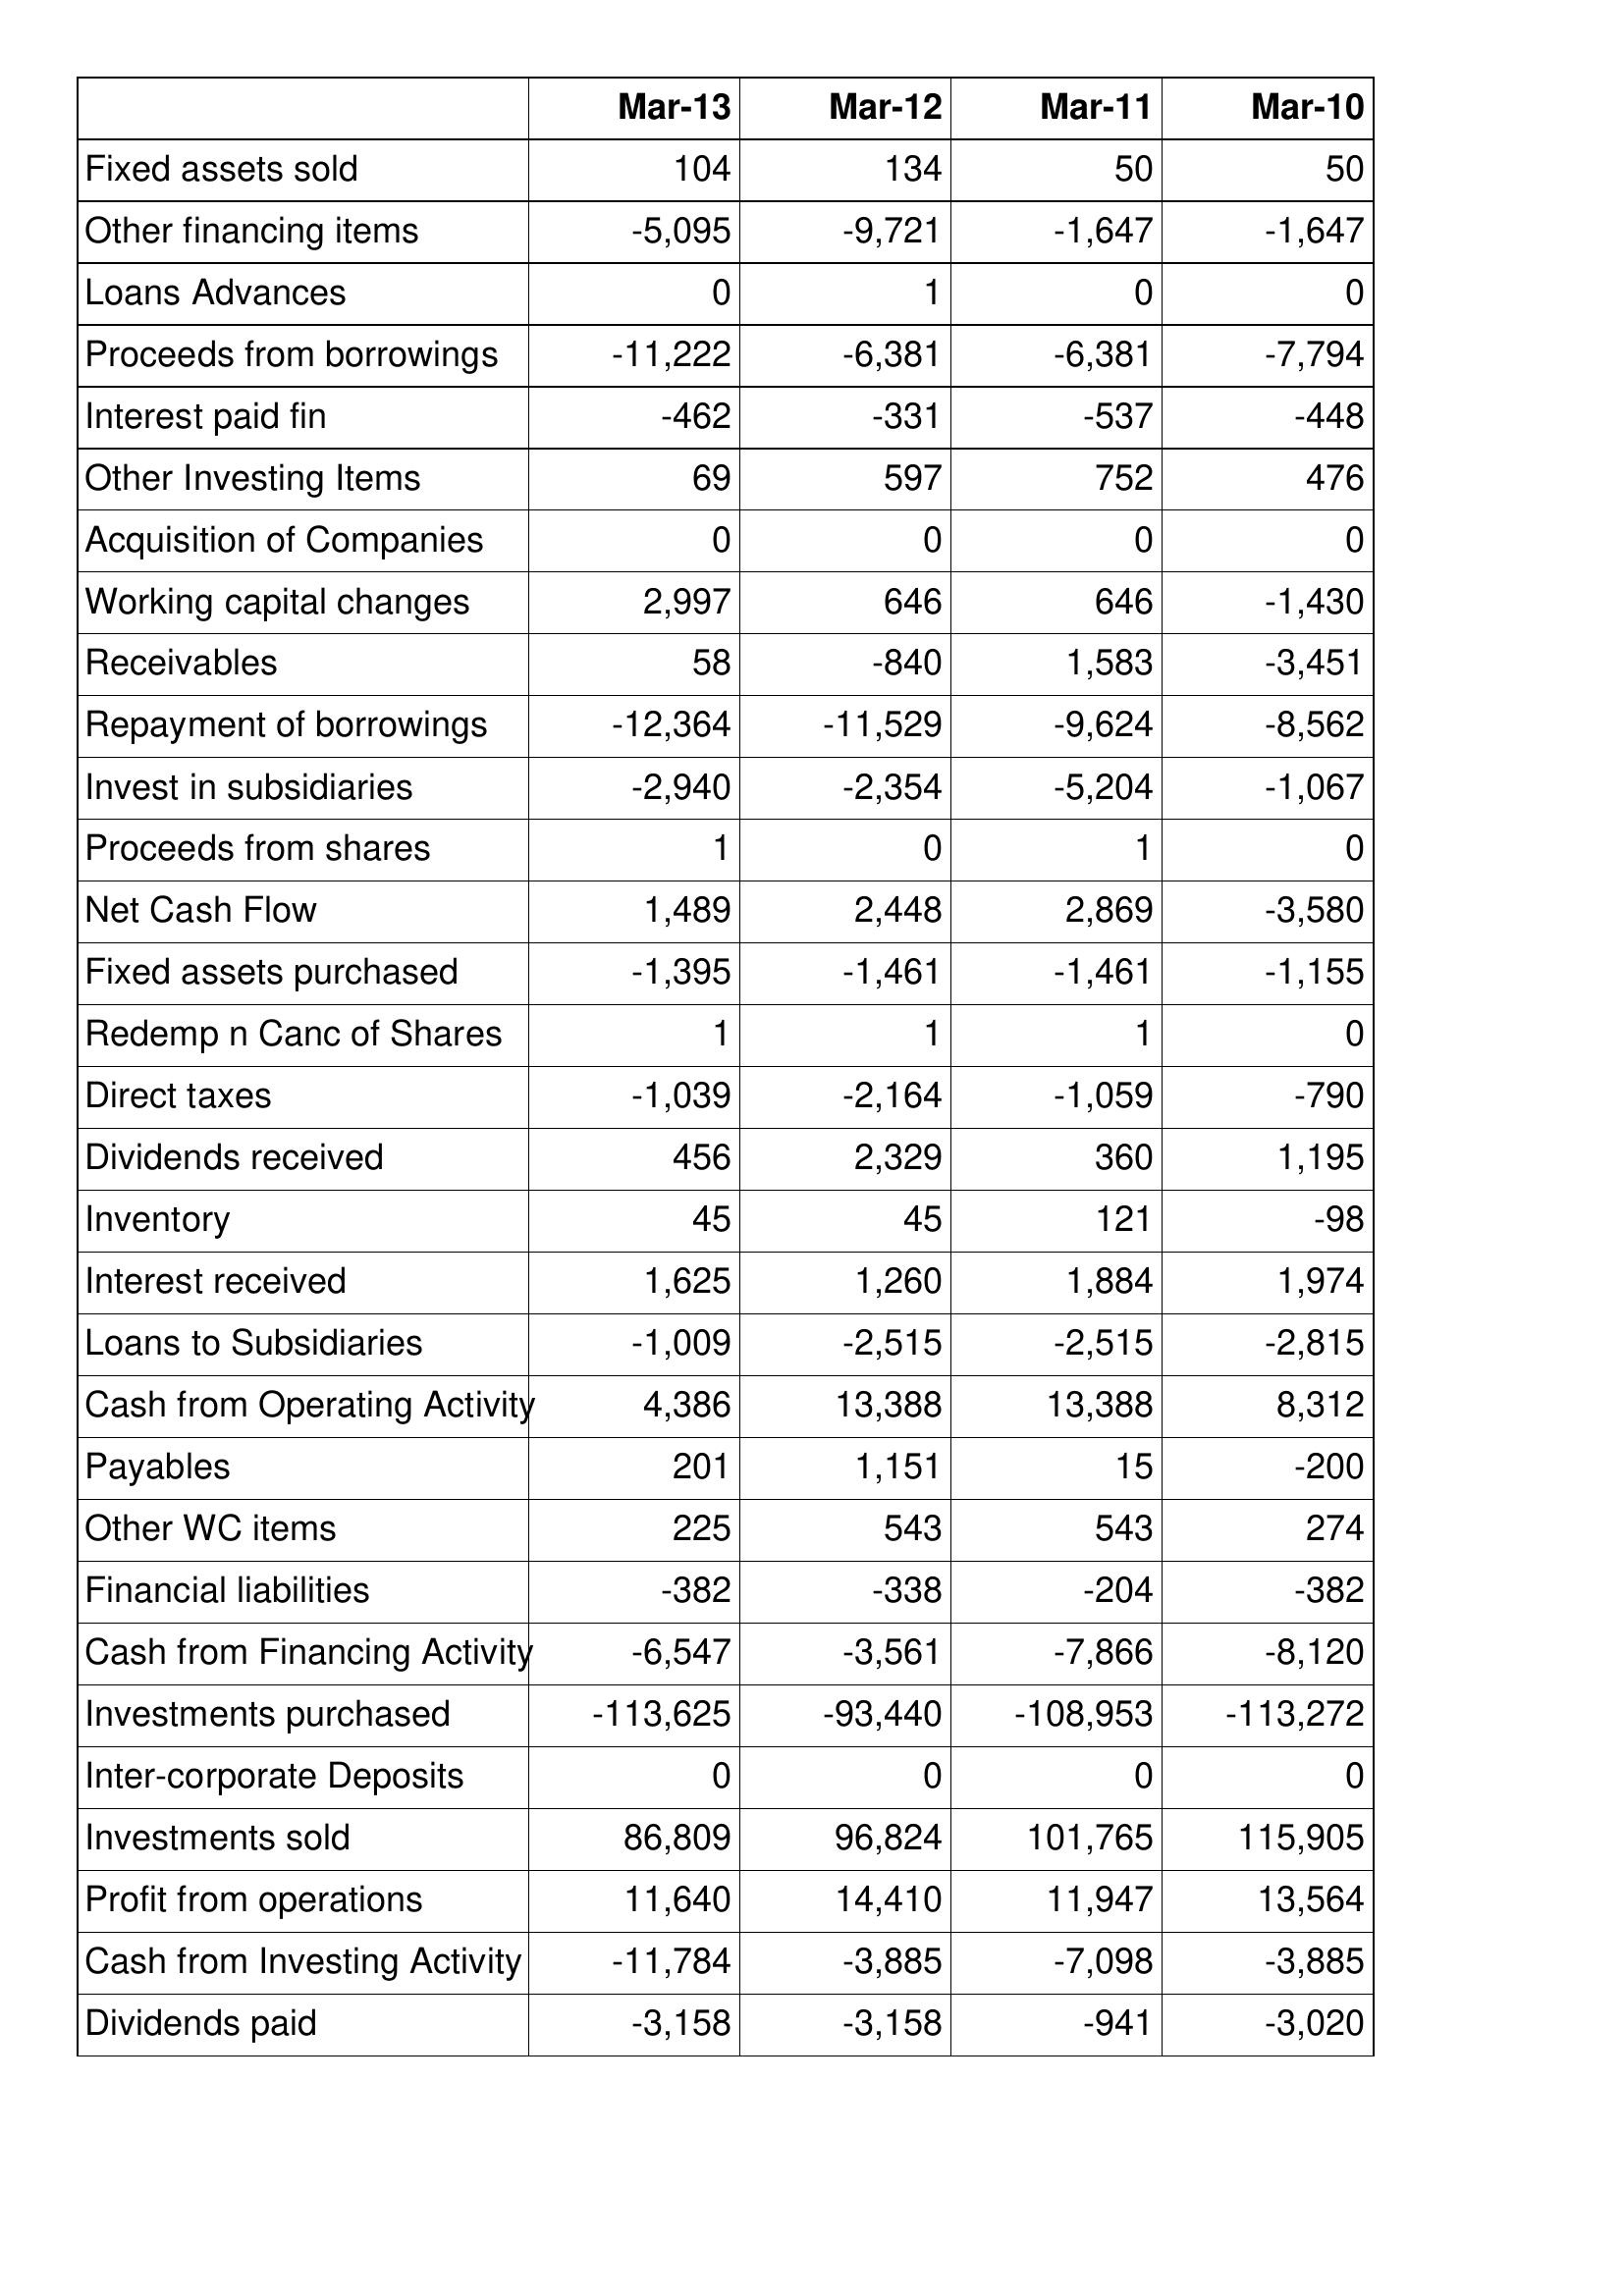
Mar-13: Cash Flows: Fixed assets sold: 104
Other financing items: -5,095
Loans Advances: 0
Proceeds from borrowings: -11,222
Interest paid fin: -462
Other Investing Items: 69
Acquisition of Companies: 0
Working capital changes: 2,997
Receivables: 58
Repayment of borrowings: -12,364
Invest in subsidiaries: -2,940
Proceeds from shares: 1
Net Cash Flow: 1,489
Fixed assets purchased: -1,395
Redemp n Canc of Shares: 1
Direct taxes: -1,039
Dividends received: 456
Inventory: 45
Interest received: 1,625
Loans to Subsidiaries: -1,009
Cash from Operating Activity: 4,386
Payables: 201
Other WC items: 225
Financial liabilities: -382
Cash from Financing Activity: -6,547
Investments purchased: -113,625
Inter-corporate Deposits: 0
Investments sold: 86,809
Profit from operations: 11,640
Cash from Investing Activity: -11,784
Dividends paid: -3,158
Mar-12: Cash Flows: Fixed assets sold: 134
Other financing items: -9,721
Loans Advances: 1
Proceeds from borrowings: -6,381
Interest paid fin: -331
Other Investing Items: 597
Acquisition of Companies: 0
Working capital changes: 646
Receivables: -840
Repayment of borrowings: -11,529
Invest in subsidiaries: -2,354
Proceeds from shares: 0
Net Cash Flow: 2,448
Fixed assets purchased: -1,461
Redemp n Canc of Shares: 1
Direct taxes: -2,164
Dividends received: 2,329
Inventory: 45
Interest received: 1,260
Loans to Subsidiaries: -2,515
Cash from Operating Activity: 13,388
Payables: 1,151
Other WC items: 543
Financial liabilities: -338
Cash from Financing Activity: -3,561
Investments purchased: -93,440
Inter-corporate Deposits: 0
Investments sold: 96,824
Profit from operations: 14,410
Cash from Investing Activity: -3,885
Dividends paid: -3,158
Mar-11: Cash Flows: Fixed assets sold: 50
Other financing items: -1,647
Loans Advances: 0
Proceeds from borrowings: -6,381
Interest paid fin: -537
Other Investing Items: 752
Acquisition of Companies: 0
Working capital changes: 646
Receivables: 1,583
Repayment of borrowings: -9,624
Invest in subsidiaries: -5,204
Proceeds from shares: 1
Net Cash Flow: 2,869
Fixed assets purchased: -1,461
Redemp n Canc of Shares: 1
Direct taxes: -1,059
Dividends received: 360
Inventory: 121
Interest received: 1,884
Loans to Subsidiaries: -2,515
Cash from Operating Activity: 13,388
Payables: 15
Other WC items: 543
Financial liabilities: -204
Cash from Financing Activity: -7,866
Investments purchased: -108,953
Inter-corporate Deposits: 0
Investments sold: 101,765
Profit from operations: 11,947
Cash from Investing Activity: -7,098
Dividends paid: -941
Mar-10: Cash Flows: Fixed assets sold: 50
Other financing items: -1,647
Loans Advances: 0
Proceeds from borrowings: -7,794
Interest paid fin: -448
Other Investing Items: 476
Acquisition of Companies: 0
Working capital changes: -1,430
Receivables: -3,451
Repayment of borrowings: -8,562
Invest in subsidiaries: -1,067
Proceeds from shares: 0
Net Cash Flow: -3,580
Fixed assets purchased: -1,155
Redemp n Canc of Shares: 0
Direct taxes: -790
Dividends received: 1,195
Inventory: -98
Interest received: 1,974
Loans to Subsidiaries: -2,815
Cash from Operating Activity: 8,312
Payables: -200
Other WC items: 274
Financial liabilities: -382
Cash from Financing Activity: -8,120
Investments purchased: -113,272
Inter-corporate Deposits: 0
Investments sold: 115,905
Profit from operations: 13,564
Cash from Investing Activity: -3,885
Dividends paid: -3,020